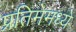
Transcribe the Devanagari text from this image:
प्रतिमेमध्ये